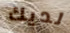
لديك